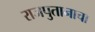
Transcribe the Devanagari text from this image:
राजपुतानाचा